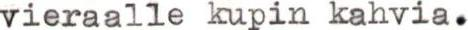
vieraalle kupin kahvia.